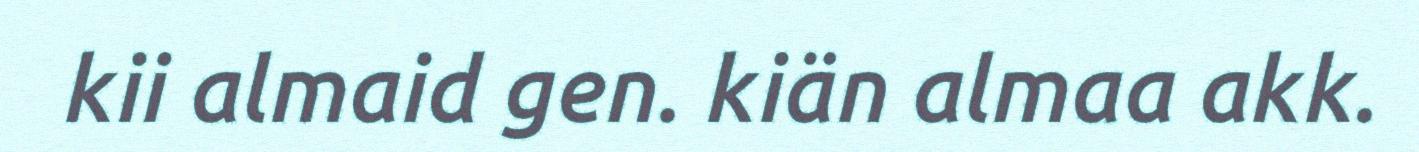
kii almaid gen. kiän almaa akk.